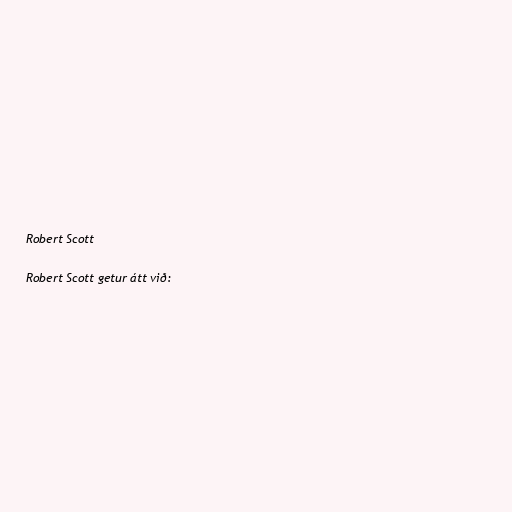
Robert Scott

Robert Scott getur átt við: